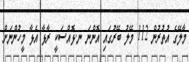
މާލޭގެ އުތުރުން 112 މޭލު ބޭރުގައި އޮންނަ ނ.ޅޮއްސަކީ ރާޅާ އެޅާ މީހުންނަށް